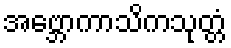
အဗ္ဘောကာသိကသုတ္တံ